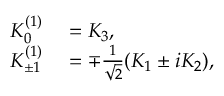
\begin{array} { r l } { K _ { 0 } ^ { ( 1 ) } } & { { } = K _ { 3 } , } \\ { K _ { \pm 1 } ^ { ( 1 ) } } & { { } = \mp { \frac { 1 } { \sqrt { 2 } } } ( K _ { 1 } \pm i K _ { 2 } ) , } \end{array}